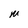
Character: M